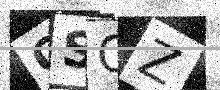
Text: OSOZ